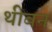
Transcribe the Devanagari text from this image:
थीबन